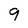
Character: 9